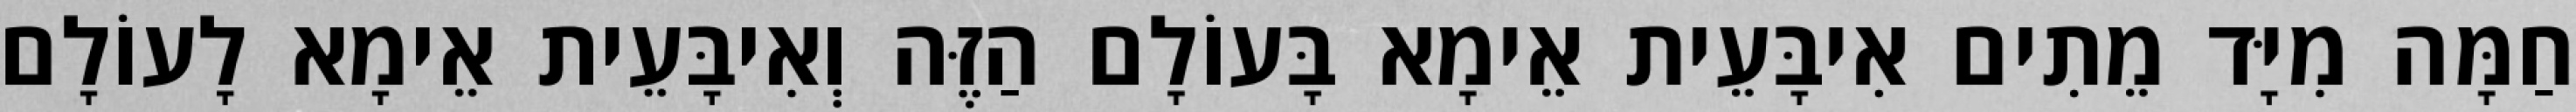
חַמָּה מִיָּד מֵתִים אִיבָּעֵית אֵימָא בָּעוֹלָם הַזֶּה וְאִיבָּעֵית אֵימָא לָעוֹלָם